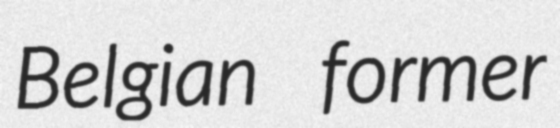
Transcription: Belgian former